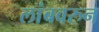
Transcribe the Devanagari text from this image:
लांबवरुन